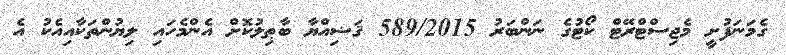
ގެމަނަފުށީ މެޖިސްޓްރޭޓް ކޯޓުގެ ނަންބަރު 589/2015 ޤަޟިއްޔާ ބާޠިލުކޮށް އެންމެހައި ލިޔުންތަކާއިއެކު އެ